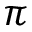
\pi